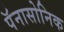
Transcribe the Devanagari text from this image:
पॅनासोनिक